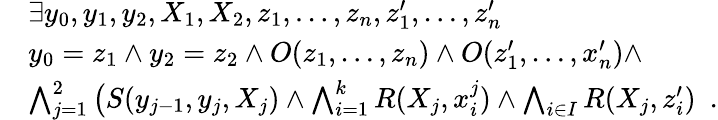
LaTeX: \begin{array}{rl}&{\exists y_{0},y_{1},y_{2},X_{1},X_{2},z_{1},\dotsc,z_{n},z_{1}^{\prime},\dotsc,z_{n}^{\prime}}\\ &{y_{0}=z_{1}\wedge y_{2}=z_{2}\wedge O(z_{1},\dotsc,z_{n})\wedge O(z_{1}^{\prime},\dotsc,x_{n}^{\prime})\wedge}\\ &{\bigwedge_{j=1}^{2}\big(S(y_{j-1},y_{j},X_{j})\wedge\bigwedge_{i=1}^{k}R(X_{j},x_{i}^{j})\wedge\bigwedge_{i\in I}R(X_{j},z_{i}^{\prime})\enspace.}\end{array}